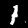
Digit: 1